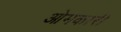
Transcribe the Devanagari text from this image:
ओमकारी